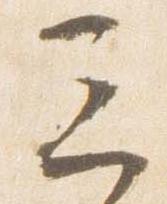
三